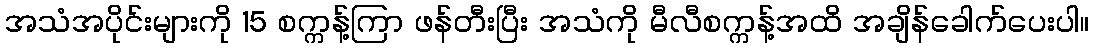
အသံအပိုင်းများကို 15 စက္ကန့်ကြာ ဖန်တီးပြီး အသံကို မီလီစက္ကန့်အထိ အချိန်ခေါက်ပေးပါ။